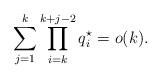
LaTeX: \begin{align*}\sum_{j=1}^k\prod_{i=k}^{k+j-2} q^\star_i = o(k).\end{align*}